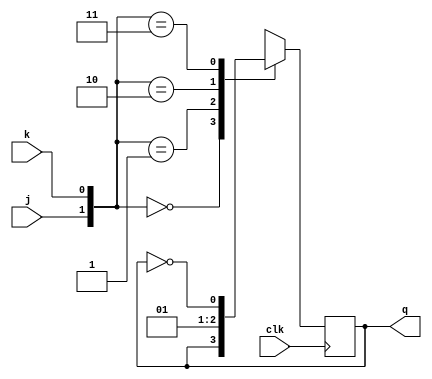
`timescale 1ns / 1ps
//////////////////////////////////////////////////////////////////////////////////
// Company: 
// Engineer: 
// 
// Design Name: 
// Module Name: JKFF
// Project Name: 
// Target Devices: 
// Tool Versions: 
// Description: 
// 
// Dependencies: 
// 
// Revision:
// Revision 0.01 - File Created
// Additional Comments:
// 
//////////////////////////////////////////////////////////////////////////////////

module JKFF(j,k,clk,q);
input j,k,clk;
output reg q;
  
   always @ (posedge clk)  
      case ({j,k})  
         2'b00 :  q <= q;  
         2'b01 :  q <= 0;  
         2'b10 :  q <= 1;  
         2'b11 :  q <= ~q;  
      endcase  
endmodule